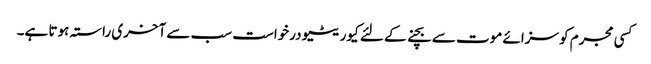
کسی مجرم کو سزائے موت سے بچنے کے لئے کیوریٹیو درخواست سب سے آخری راستہ ہوتا ہے۔